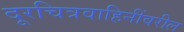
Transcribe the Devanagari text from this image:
दूरचित्रवाहिनींवरील